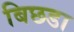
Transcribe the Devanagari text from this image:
बिछडा